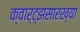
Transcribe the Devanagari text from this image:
क्वार्ट्‌झसारख्या